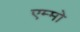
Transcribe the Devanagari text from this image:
एम्मो